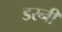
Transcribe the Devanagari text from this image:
डरनी